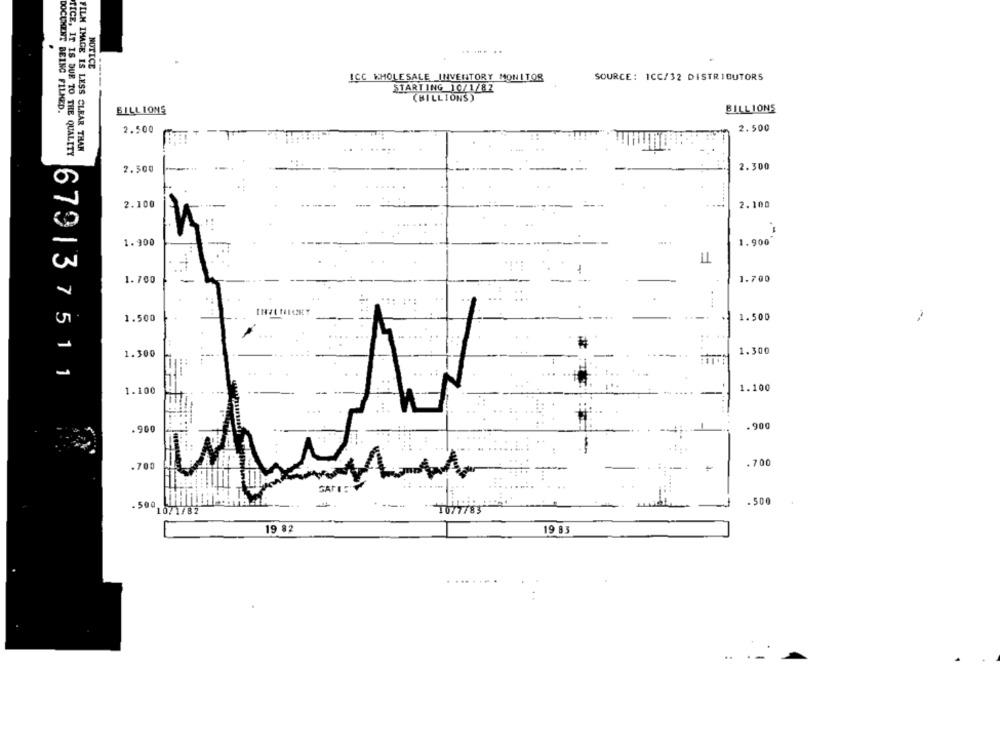
.
...... ..
NOTICE
ICC WHOLESALE INVENTORY MONITOR
SOURCE: ICC/32 DISTRIBUTORS
----
STARTING 10/1/82
(BILLIONS)
DOCUMENT BEING FILMED.
BILLIONS
BILLIONS
2.500
2.500
TICE, IT IS DUE TO THE QUALITY
FILM IMAGE IS LESS CLEAR THAN
2.300
2.500
2.100
2.100
1.900
1.900
LL
1.700
1.700
1.500
1.500
1.300
1.300
679137511
1.100
1.100
.900
.900
.700
.700
.500
. 500
10/1/82
10/7/83
19 82
19 83
.......